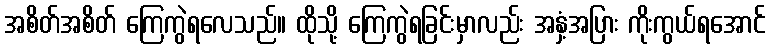
အစိတ်အစိတ် ကြေကွဲရလေသည်။ ထိုသို့ ကြေကွဲရခြင်းမှာလည်း အနှံ့အပြား ကိုးကွယ်ရအောင်